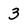
Character: 3